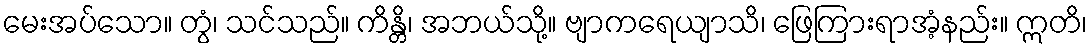
မေးအပ်သော။ တွံ၊ သင်သည်။ ကိန္တိ၊ အဘယ်သို့။ ဗျာကရေယျာသိ၊ ဖြေကြားရာအံ့နည်း။ ဣတိ၊